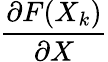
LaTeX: \frac{\partial F(X_{k})}{\partial X}